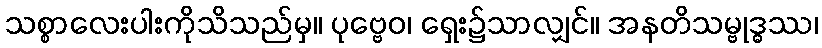
သစ္စာလေးပါးကိုသိသည်မှ။ ပုဗ္ဗေဝ၊ ရှေး၌သာလျှင်။ အနတိသမ္ဗုဒ္ဓဿ၊